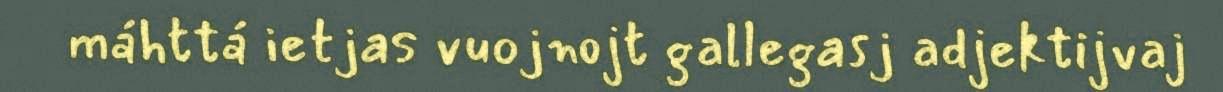
máhttá ietjas vuojnojt gallegasj adjektijvaj